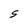
Character: S